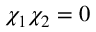
\chi _ { 1 } \chi _ { 2 } = 0